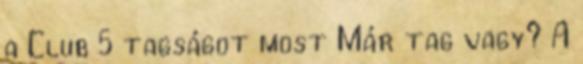
a Club 5 tagságot most Már tag vagy? A